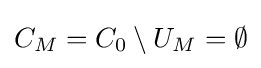
C_{M}=C_{0}\setminus U_{M}=\emptyset